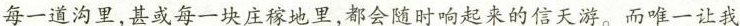
每一道沟里，甚或每一块庄稼地里，都会随时响起来的信天游。而唯一让我